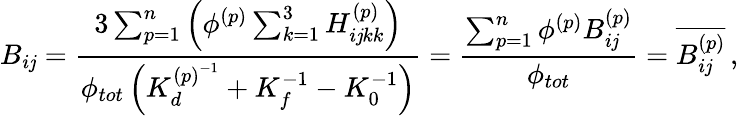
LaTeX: B_{i\mathit{j}}=\frac{{3\sum_{p=1}^{n}\left(\phi^{(p)}\sum_{k=1}^{3}H_{i\mathit{j}kk}^{(p)}\right)}}{{\phi_{tot}\left(K_{d}^{{(p)}^{-1}}+K_{f}^{-1}-K_{0}^{-1}\right)}}=\frac{{\sum_{p=1}^{n}\phi^{(p)}B_{i\mathit{j}}^{(p)}}}{{\phi_{tot}}}=\overline{{{B_{i\mathit{j}}^{(p)}}}}\, ,